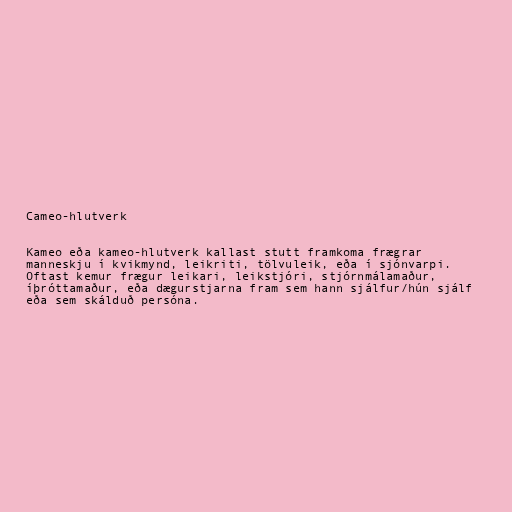
Cameo-hlutverk

Kameo eða kameo-hlutverk kallast stutt framkoma frægrar
manneskju í kvikmynd, leikriti, tölvuleik, eða í sjónvarpi.
Oftast kemur frægur leikari, leikstjóri, stjórnmálamaður,
íþróttamaður, eða dægurstjarna fram sem hann sjálfur/hún sjálf
eða sem skálduð persóna.